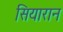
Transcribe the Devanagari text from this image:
सियारान